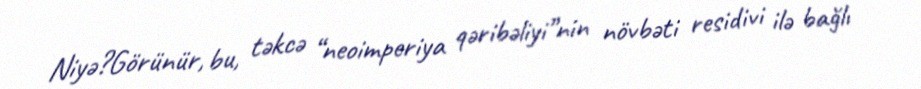
Niyə?Görünür, bu, təkcə “neoimperiya qəribəliyi”nin növbəti residivi ilə bağlı